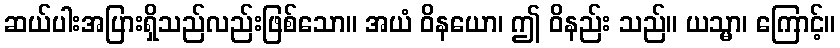
ဆယ်ပါးအပြားရှိသည်လည်းဖြစ်သော။ အယံ ဝိနယော၊ ဤ ဝိနည်း သည်။ ယသ္မာ၊ ကြောင့်။